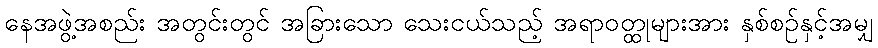
နေအဖွဲ့အစည်း အတွင်းတွင် အခြားသော သေးငယ်သည့် အရာဝတ္ထုများအား နှစ်စဉ်နှင့်အမျှ